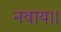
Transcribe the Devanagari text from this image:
नवाय।।